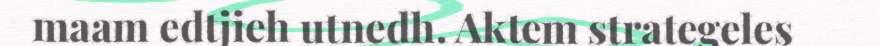
maam edtjieh utnedh. Aktem strategeles